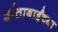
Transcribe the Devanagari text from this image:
शांताबाईंच्या